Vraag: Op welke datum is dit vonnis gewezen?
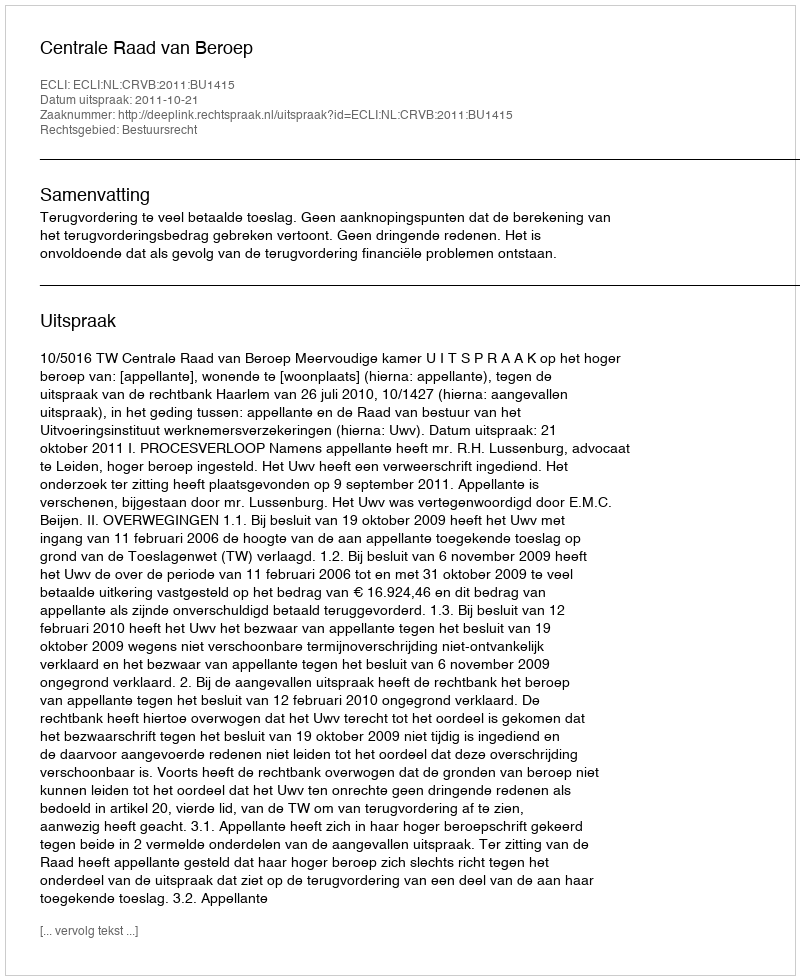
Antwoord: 2011-10-21